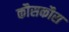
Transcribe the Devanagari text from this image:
कौसकौस